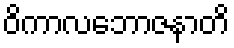
ဝိကာလဘောဇနာတိ